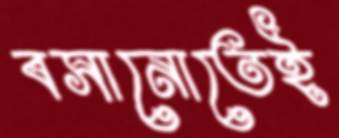
বসানোতেই